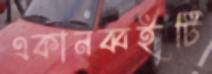
একানব্বইটি